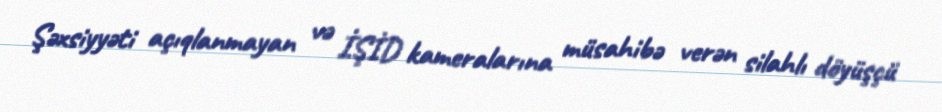
Şəxsiyyəti açıqlanmayan və İŞİD kameralarına müsahibə verən silahlı döyüşçü